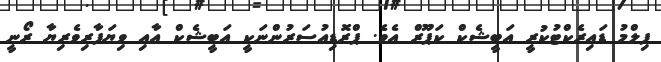
ފިލްމު ޑައިރެކްޓުކުރީ އަބީޝެކް ކަޕޫރް އެވެ. ޕްރޮޑިއުސަރުންނަކީ އަބީޝެކް އާއި ވިޔަފާރިވެރިޔާ ރޯނީ